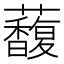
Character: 𧄦